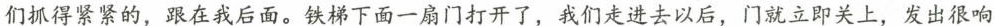
们抓得紧紧的，跟在我后面。铁梯下面一扇门打开了，我们走进去以后，门就立即关上，发出很响